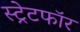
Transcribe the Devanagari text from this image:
स्ट्रेटफॉर